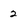
Character: 2